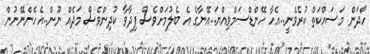
ހޯދަން މަސައްކަތް ކުރެވެނީ..އެހާ ހޭންޑްސަމްވިއްޔަ..އޭނާގެ އެ ބެލުމަށްވެސް ފިދާވާ ކުދިންވެސް މަދެއް ނޫން..އެހެންނޭނުން